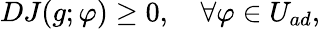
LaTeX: \begin{array}{r}{DJ(g;\varphi)\geq 0,\quad\forall\varphi\in U_{ad},}\end{array}